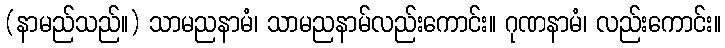
(နာမည်သည်။) သာမညနာမံ၊ သာမညနာမ်လည်းကောင်း။ ဂုဏနာမံ၊ လည်းကောင်း။